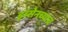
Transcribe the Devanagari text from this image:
इब्सेनच्याच